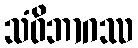
သံဝိဘာဂဿ